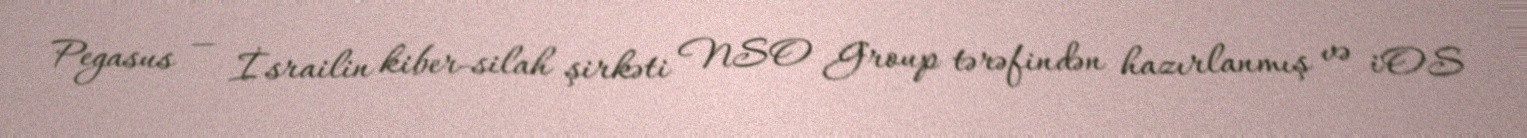
Pegasus — İsrailin kiber-silah şirkəti NSO Group tərəfindən hazırlanmış və iOS